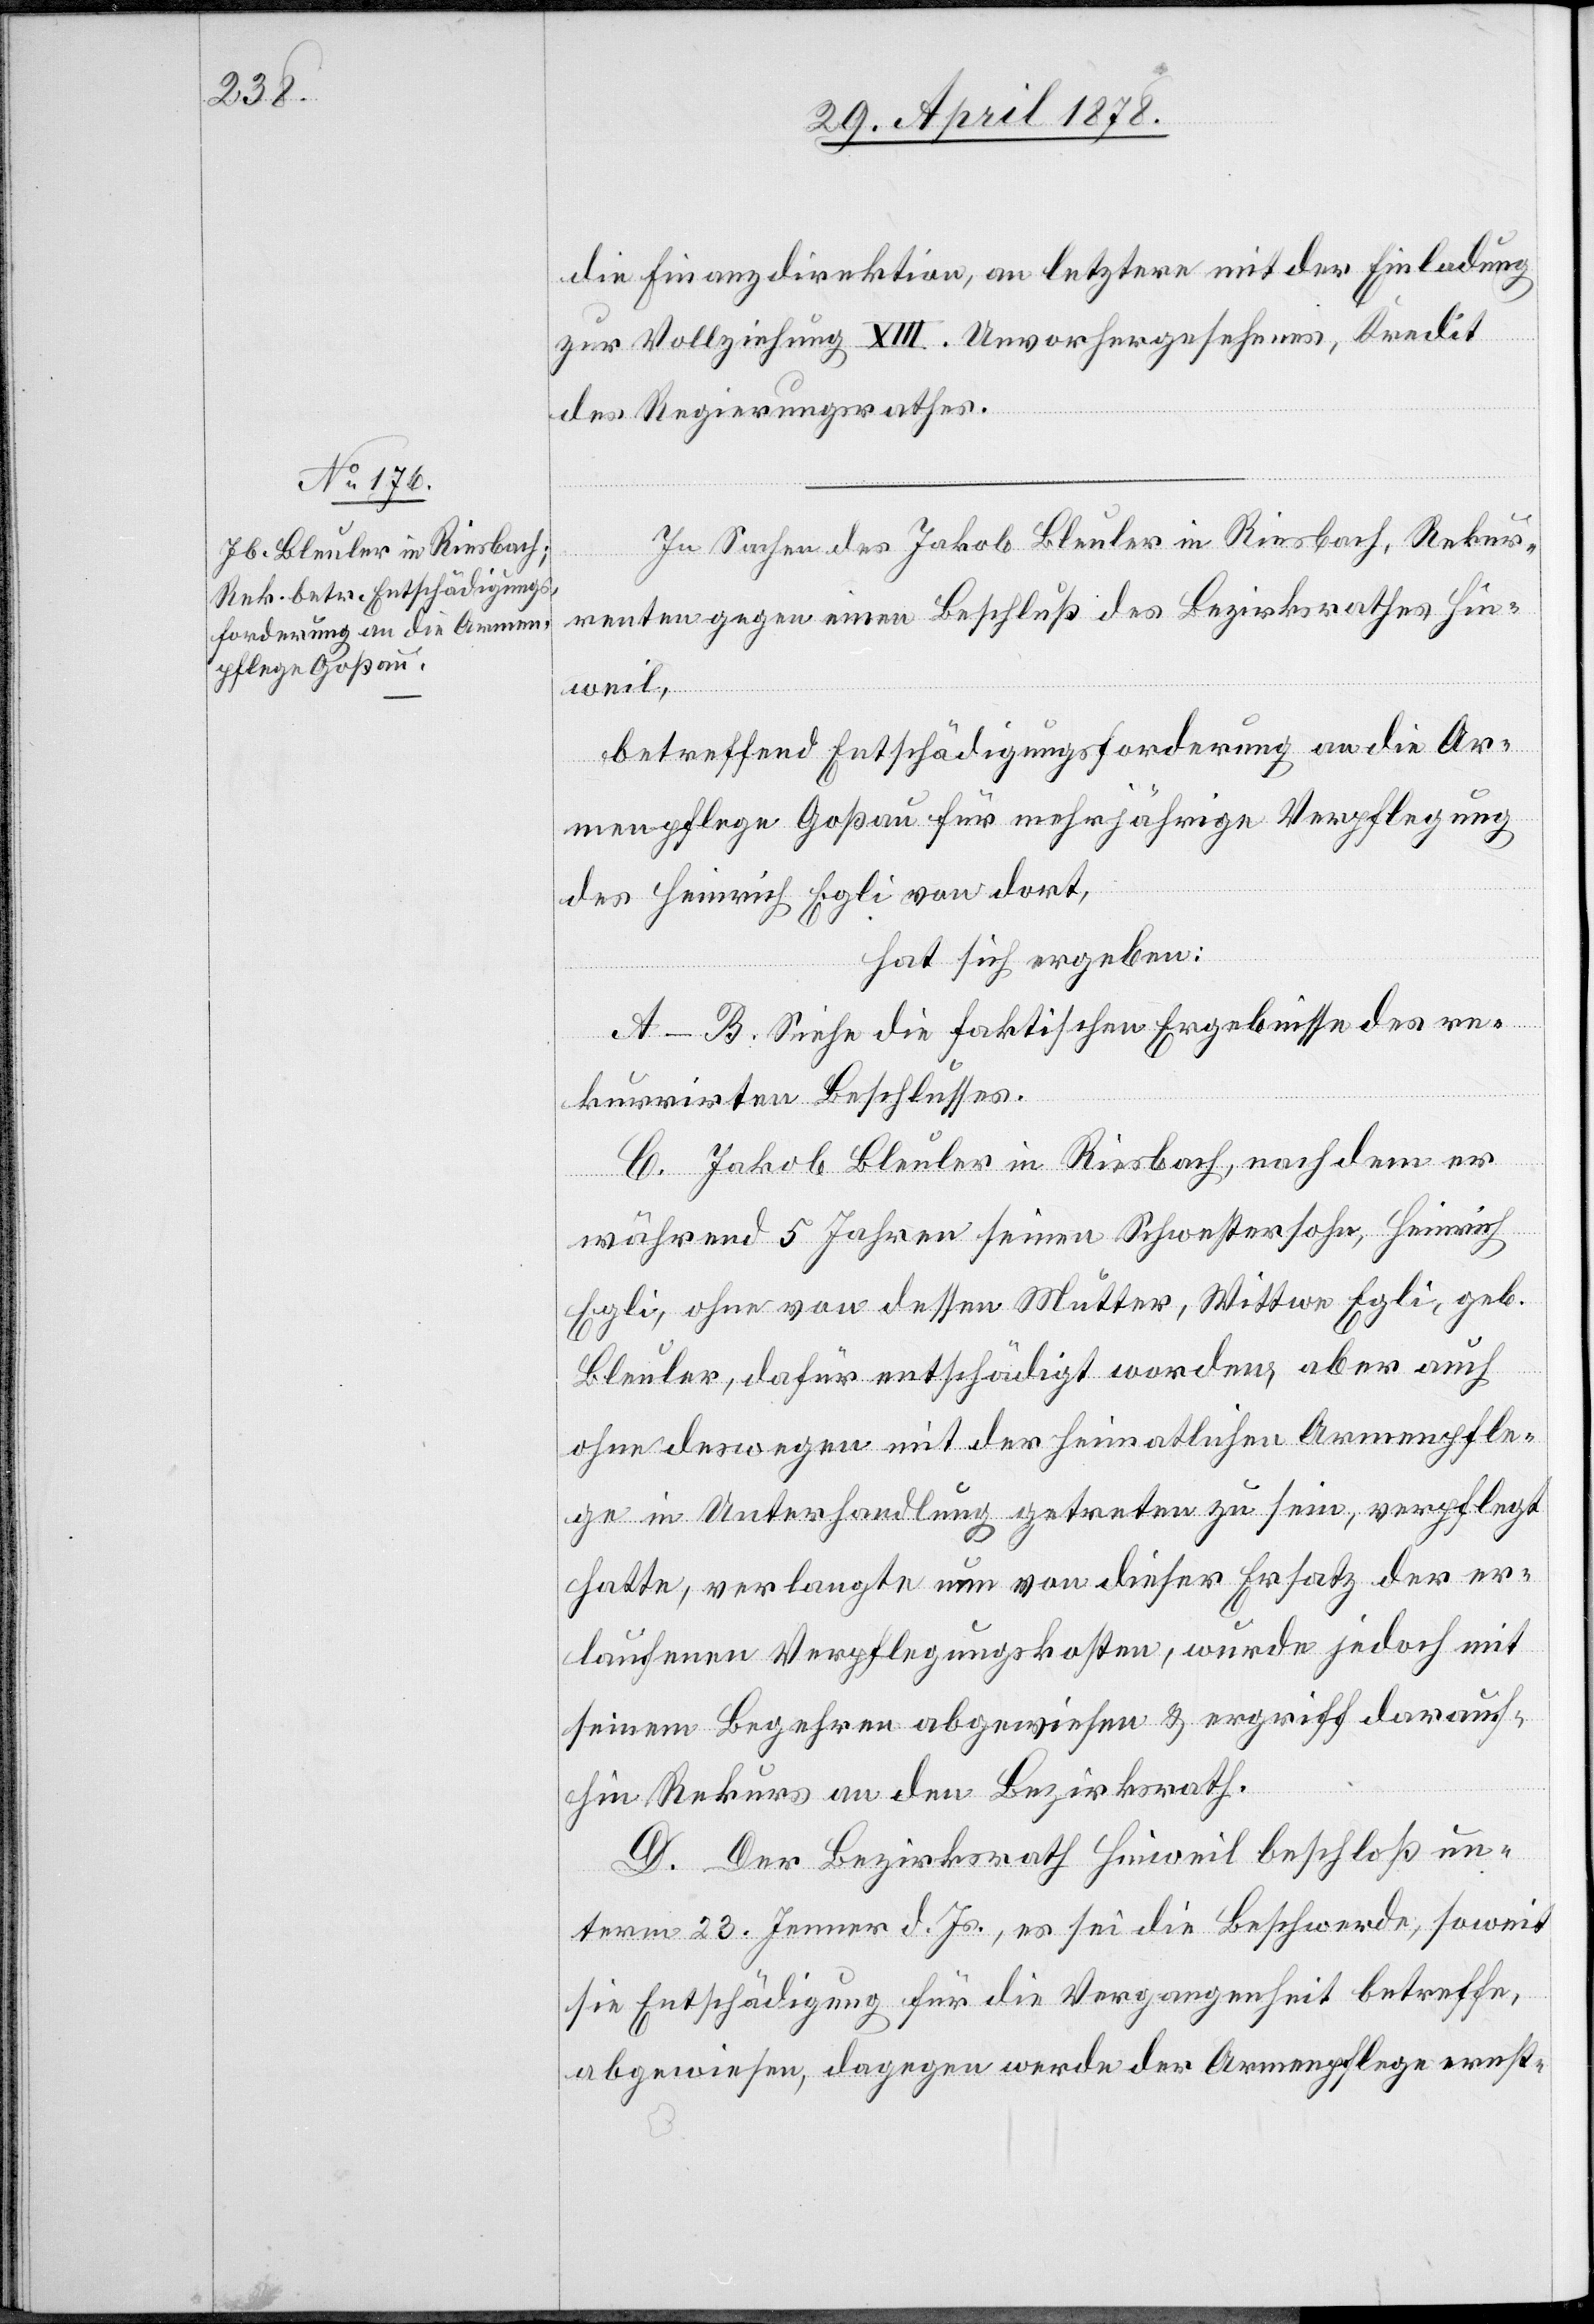
die Finanzdirektion, an letztere mit der Einladung
zur Vollziehung XIII. Unvorhergesehenes, Kredit
des Regierungsrathes.
In Sachen des Jakob Bleuler in Riesbach, Rekur¬
renten gegen einen Beschluß des Bezirksrathes Hin¬
weil,
betreffend Entschädigungsforderung an die Ar¬
menpflege Goßau für mehrjährige Verpflegung
des Heinrich Egli von dort,
hat sich ergeben:
A–B. Siehe die faktischen Ergebnisse des re¬
kurrirten Beschlusses.
C. Jakob Bleuler in Riesbach, nachdem er
während 5 Jahren seinen Schwestersohn, Heinrich
Egli, ohne von dessen Mutter, Wittwe Egli, geb.
Bleuler, dafür entschädigt worden, aber auch
ohne deswegen mit der heimatlichen Armenpfle¬
ge in Unterhandlung getreten zu sein, verpflegt
hatte, verlangte nun von dieser Ersatz der er¬
laufenen Verpflegungskosten, wurde jedoch mit
seinem Begehren abgewiesen & ergriff darauf¬
hin Rekurs an den Bezirksrath.
D. Der Bezirksrath Hinweil beschloß un¬
term 23. Jenner d. Js., es sei die Beschwerde, soweit
sie Entschädigung für die Vergangenheit betreffe,
abgewiesen, dagegen werde der Armenpflege ernst-